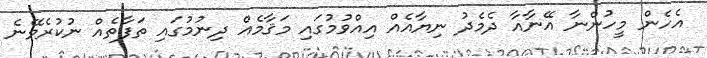
އެހެން މީހުންނާ އޭނާއާ ދެމެދު ނިޔާއެއް އިއްވުމުގައި މަޤާމެއް ދިނުމުގައި ތަފާތެއް ނުކުރެވޭނެ